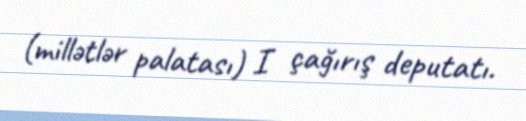
(millətlər palatası) I çağırış deputatı.